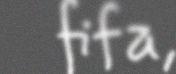
fifa,